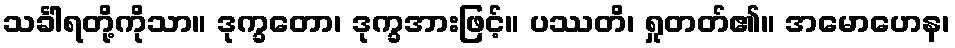
သင်္ခါရတို့ကိုသာ။ ဒုက္ခတော၊ ဒုက္ခအားဖြင့်။ ပဿတိ၊ ရှုတတ်၏။ အမောဟေန၊